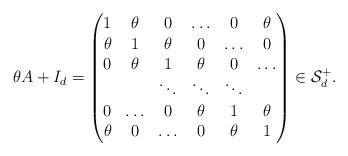
\begin{align*}\theta A+I_d=\begin{pmatrix}1 & \theta & 0 &\hdots& 0 & \theta\cr\theta & 1 & \theta & 0 &\hdots& 0\cr 0 & \theta & 1 & \theta & 0&\hdots\cr & & \ddots&\ddots & \ddots& \cr0&\hdots & 0 & \theta & 1 & \theta\cr \theta & 0 &\hdots& 0 & \theta & 1\end{pmatrix}\in \mathcal{S}_d^+. \end{align*}